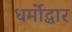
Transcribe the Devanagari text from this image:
धर्मोद्धार